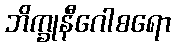
ဘိက္ခုနီဂေါစရော